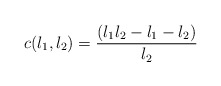
\begin{align*}c(l_{1},l_{2}) = \frac{(l_{1}l_{2}-l_{1}-l_{2})}{l_{2}}\end{align*}